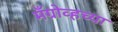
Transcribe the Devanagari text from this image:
मँग्रोव्हच्या